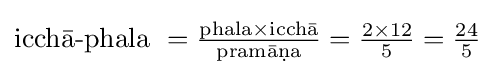
{\text{icchā-phala }}={\tfrac {{\text{phala}}\times {\text{icchā}}}{\text{pramāṇa}}}={\tfrac {2\times 12}{5}}={\tfrac {24}{5}}